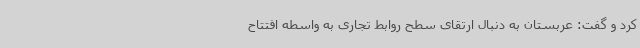
کرد و گفت: عربستان به دنبال ارتقای سطح روابط تجاری به واسطه افتتاح